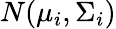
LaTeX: N(\mu_{i},\Sigma_{i})